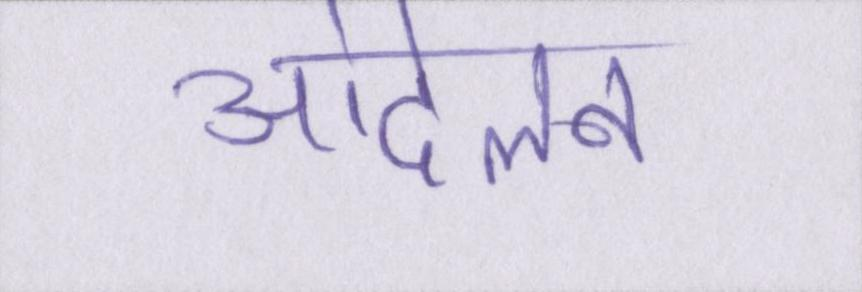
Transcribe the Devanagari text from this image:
आंदेलन